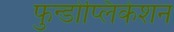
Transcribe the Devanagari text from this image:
फुन्डोप्लिकेशन